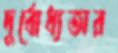
দুর্বোধ্যতার